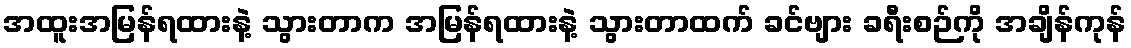
အထူးအမြန်ရထားနဲ့ သွားတာက အမြန်ရထားနဲ့ သွားတာထက် ခင်ဗျား ခရီးစဉ်ကို အချိန်ကုန်